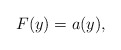
\begin{align*} F(y) = a(y) ,\end{align*}